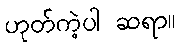
ဟုတ်ကဲ့ပါ ဆရာ။